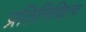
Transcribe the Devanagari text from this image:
प्रतिनिथित्व